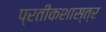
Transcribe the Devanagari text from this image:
प्रतीकशास्त्र